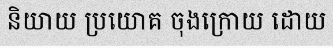
និយាយ ប្រយោគ ចុងក្រោយ ដោយ